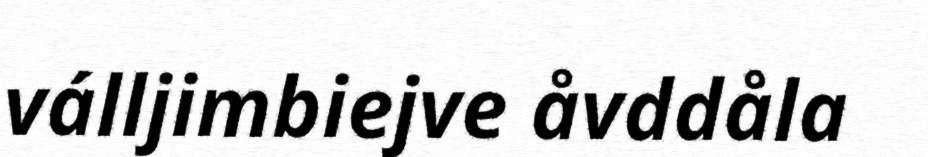
válljimbiejve åvddåla